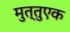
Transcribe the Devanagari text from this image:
मुत्तुएक